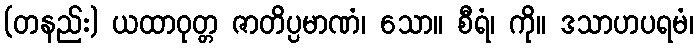
(တနည်း) ယထာဝုတ္တ ဇာတိပ္ပမာဏံ၊ သော။ စီရံ၊ ကို။ ဒသာဟပရမံ၊